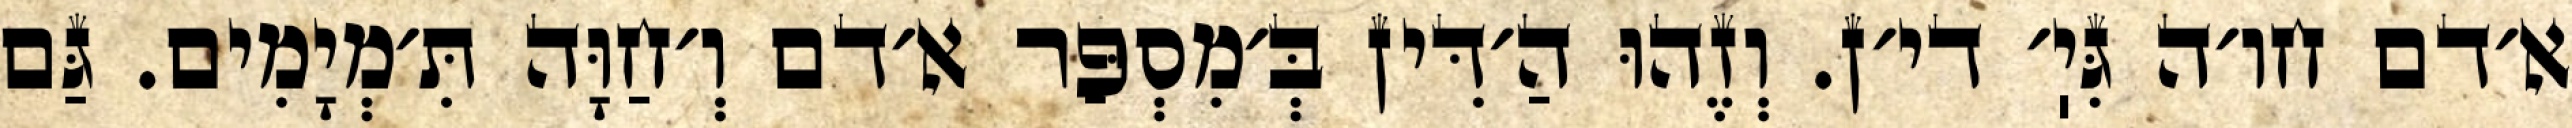
א׳דם חו׳ה גִּיֽ׳ די׳ן. וְזֶהוּ הַ׳דִּין בְּ׳מִסְפַּר א׳דם וְ׳חַוָּה תִּ׳מְיָמִים. גַּם